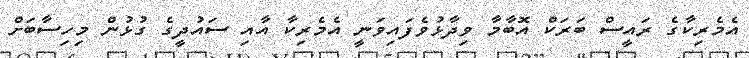
އެމެރިކާގެ ރައީސް ބަރަކް އޮބާމާ ވިދާޅުވެފައިވަނީ އެމެރިކާ އާއި ސައުދީގެ ގުޅުން މިހިސާބަށް